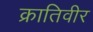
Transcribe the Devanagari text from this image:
क्रातिवीर